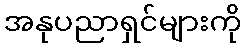
အနုပညာရှင်များကို